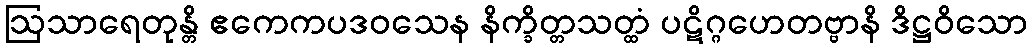
ဩသာရေတုန္တိ ဧကေကပဒဝသေန နိက္ခိတ္တသတ္ထံ ပဋိဂ္ဂဟေတဗ္ဗာနိ ဒိဋ္ဌဝိသော